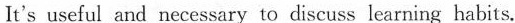
It's useful and necessary to discuss learning habits.